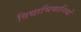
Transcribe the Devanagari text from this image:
विद्याभिमानियों